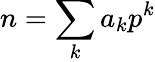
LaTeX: n=\sum_{k}a_{k}p^{k}